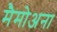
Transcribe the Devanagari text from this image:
मैमोअना